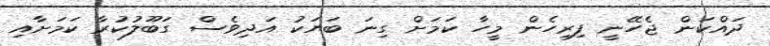
ދައްކަން ޖެހޭނީ ފިރިހެން މީހާ ކަމަށް ގިނަ ބަޔަކު އަދިވެސް ގަބޫލުކުރާ ކަމަށާއި